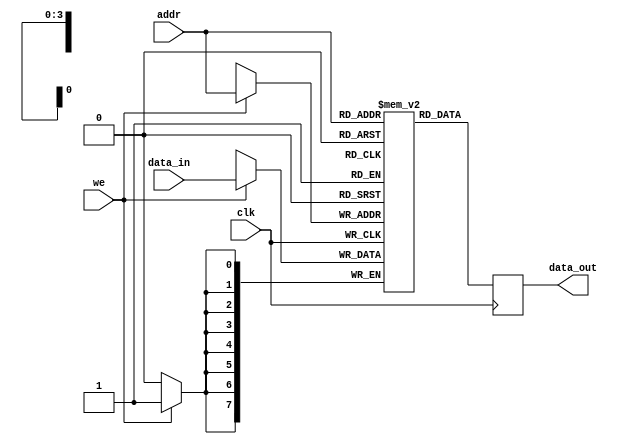
module parameterized_ram #(
    parameter DATA_WIDTH = 8,    // Width of each data word
    parameter ADDR_WIDTH = 4,     // Number of bits for addressing
    parameter DEPTH = 2**ADDR_WIDTH // Total number of memory locations
)(
    input wire clk,               // Clock signal
    input wire we,                // Write enable signal
    input wire [ADDR_WIDTH-1:0] addr, // Address input
    input wire [DATA_WIDTH-1:0] data_in, // Data input
    output reg [DATA_WIDTH-1:0] data_out // Data output
);

    // Memory array declaration
    reg [DATA_WIDTH-1:0] ram [0:DEPTH-1];

    // Synchronous read and write operations
    always @(posedge clk) begin
        if (we) begin
            // Write operation
            ram[addr] <= data_in;
        end
        // Read operation (always output data regardless of write enable)
        data_out <= ram[addr];
    end

    // Optional reset functionality (uncomment to enable)
    /*
    input wire rst,                // Reset signal
    always @(posedge clk or posedge rst) begin
        if (rst) begin
            integer i;
            for (i = 0; i < DEPTH; i = i + 1) begin
                ram[i] <= {DATA_WIDTH{1'b0}}; // Initialize memory to zero
            end
            data_out <= {DATA_WIDTH{1'b0}}; // Output zero on reset
        end else begin
            // Existing read/write operations
            if (we) begin
                ram[addr] <= data_in;
            end
            data_out <= ram[addr];
        end
    end
    */

endmodule